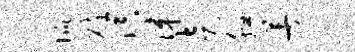
侃碎溟涕走腮著